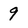
Character: 9